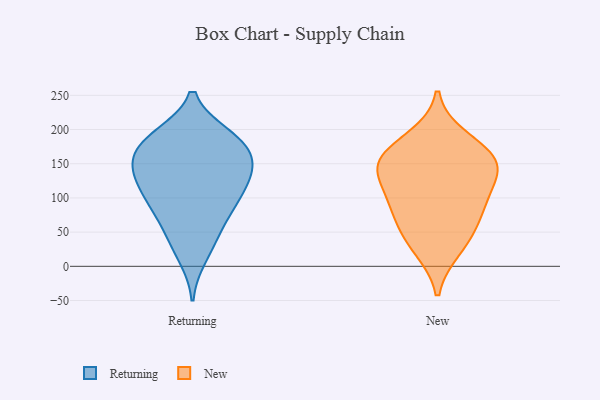
{"axis": {"x": "Demand Index", "y": "Value"}, "legend": ["New", "Returning"], "data": [{"x": "", "y": 186, "type": "Returning"}, {"x": "", "y": 154, "type": "Returning"}, {"x": "", "y": 184, "type": "Returning"}, {"x": "", "y": 156, "type": "Returning"}, {"x": "", "y": 14, "type": "Returning"}, {"x": "", "y": 85, "type": "Returning"}, {"x": "", "y": 114, "type": "Returning"}, {"x": "", "y": 123, "type": "Returning"}, {"x": "", "y": 121, "type": "Returning"}, {"x": "", "y": 39, "type": "Returning"}, {"x": "", "y": 190, "type": "Returning"}, {"x": "", "y": 89, "type": "Returning"}, {"x": "", "y": 143, "type": "Returning"}, {"x": "", "y": 53, "type": "Returning"}, {"x": "", "y": 141, "type": "Returning"}, {"x": "", "y": 88, "type": "Returning"}, {"x": "", "y": 191, "type": "Returning"}, {"x": "", "y": 165, "type": "Returning"}, {"x": "", "y": 84, "type": "New"}, {"x": "", "y": 26, "type": "New"}, {"x": "", "y": 187, "type": "New"}, {"x": "", "y": 42, "type": "New"}, {"x": "", "y": 102, "type": "New"}, {"x": "", "y": 74, "type": "New"}, {"x": "", "y": 123, "type": "New"}, {"x": "", "y": 148, "type": "New"}, {"x": "", "y": 157, "type": "New"}, {"x": "", "y": 160, "type": "New"}, {"x": "", "y": 148, "type": "New"}]}